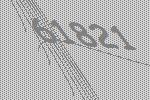
61821